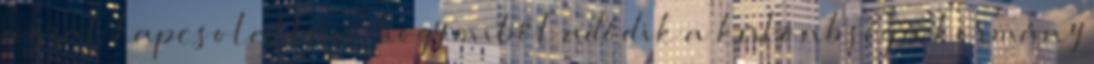
azzal kapcsolatban, hogy miből adódik a különbség a kormány